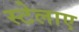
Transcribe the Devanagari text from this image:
स्टेलाए